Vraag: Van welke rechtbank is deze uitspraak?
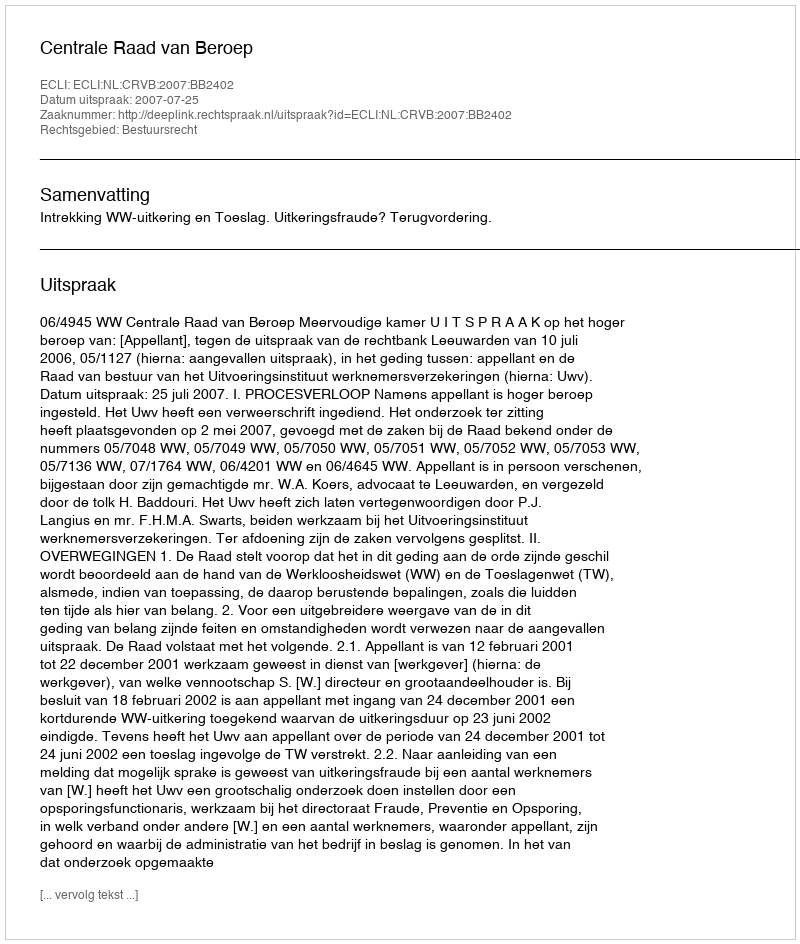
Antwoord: Centrale Raad van Beroep